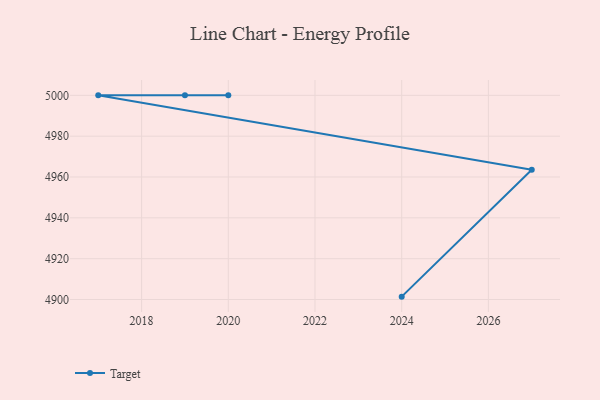
{"axis": {"x": "Year", "y": "Waste Production (Tons)"}, "legend": ["Target"], "data": [{"x": "2024", "y": 4901.4, "type": "Target"}, {"x": "2027", "y": 4963.6, "type": "Target"}, {"x": "2017", "y": 5000, "type": "Target"}, {"x": "2019", "y": 5000, "type": "Target"}, {"x": "2020", "y": 5000, "type": "Target"}]}